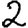
Digit: 2